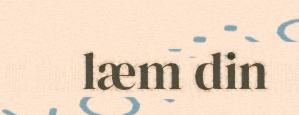
læm din